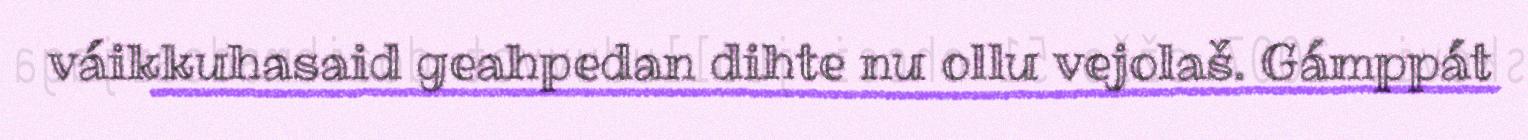
váikkuhasaid geahpedan dihte nu ollu vejolaš. Gámppát